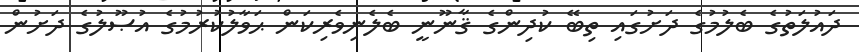
ދައުލަތުގެ ބެލުމުގެ ދަށުގައި ތިބޭ ކުދިންގެ ޤާނޫނީ ބެލެނިވެރިކަން ޙަވާލުކުރުމުގެ އުޞޫލުގެ ދަށުން